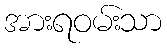
အားရဝမ်းသာ